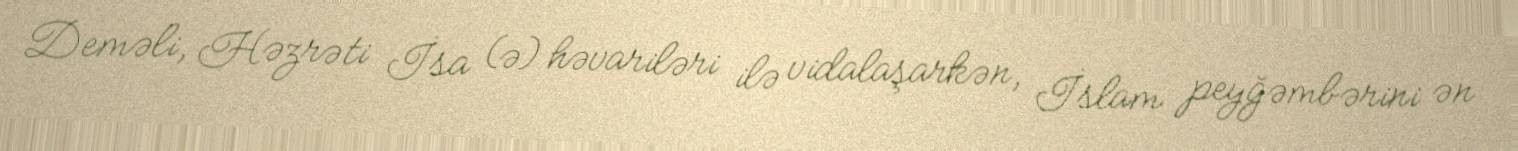
Deməli, Həzrəti İsa (ə) həvariləri ilə vidalaşarkən, İslam peyğəmbərini ən